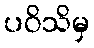
ပဝိသိမှ